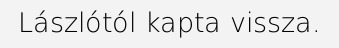
Lászlótól kapta vissza.